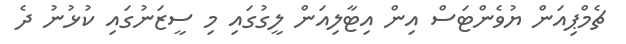
ޗެމްޕިއަން ޔުވެންޓަސް އިން އިޓާލިއަން ލީގުގައި މި ސީޒަނުގައި ކުޅުނު ދެ